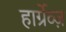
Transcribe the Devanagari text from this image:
हार्ग्रेव्ज़